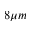
8 \mu m